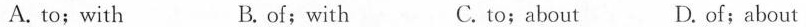
A. to; with B. of; with C. to; about D.